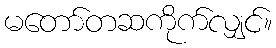
မတော်တဆကိုက်လျှင်။